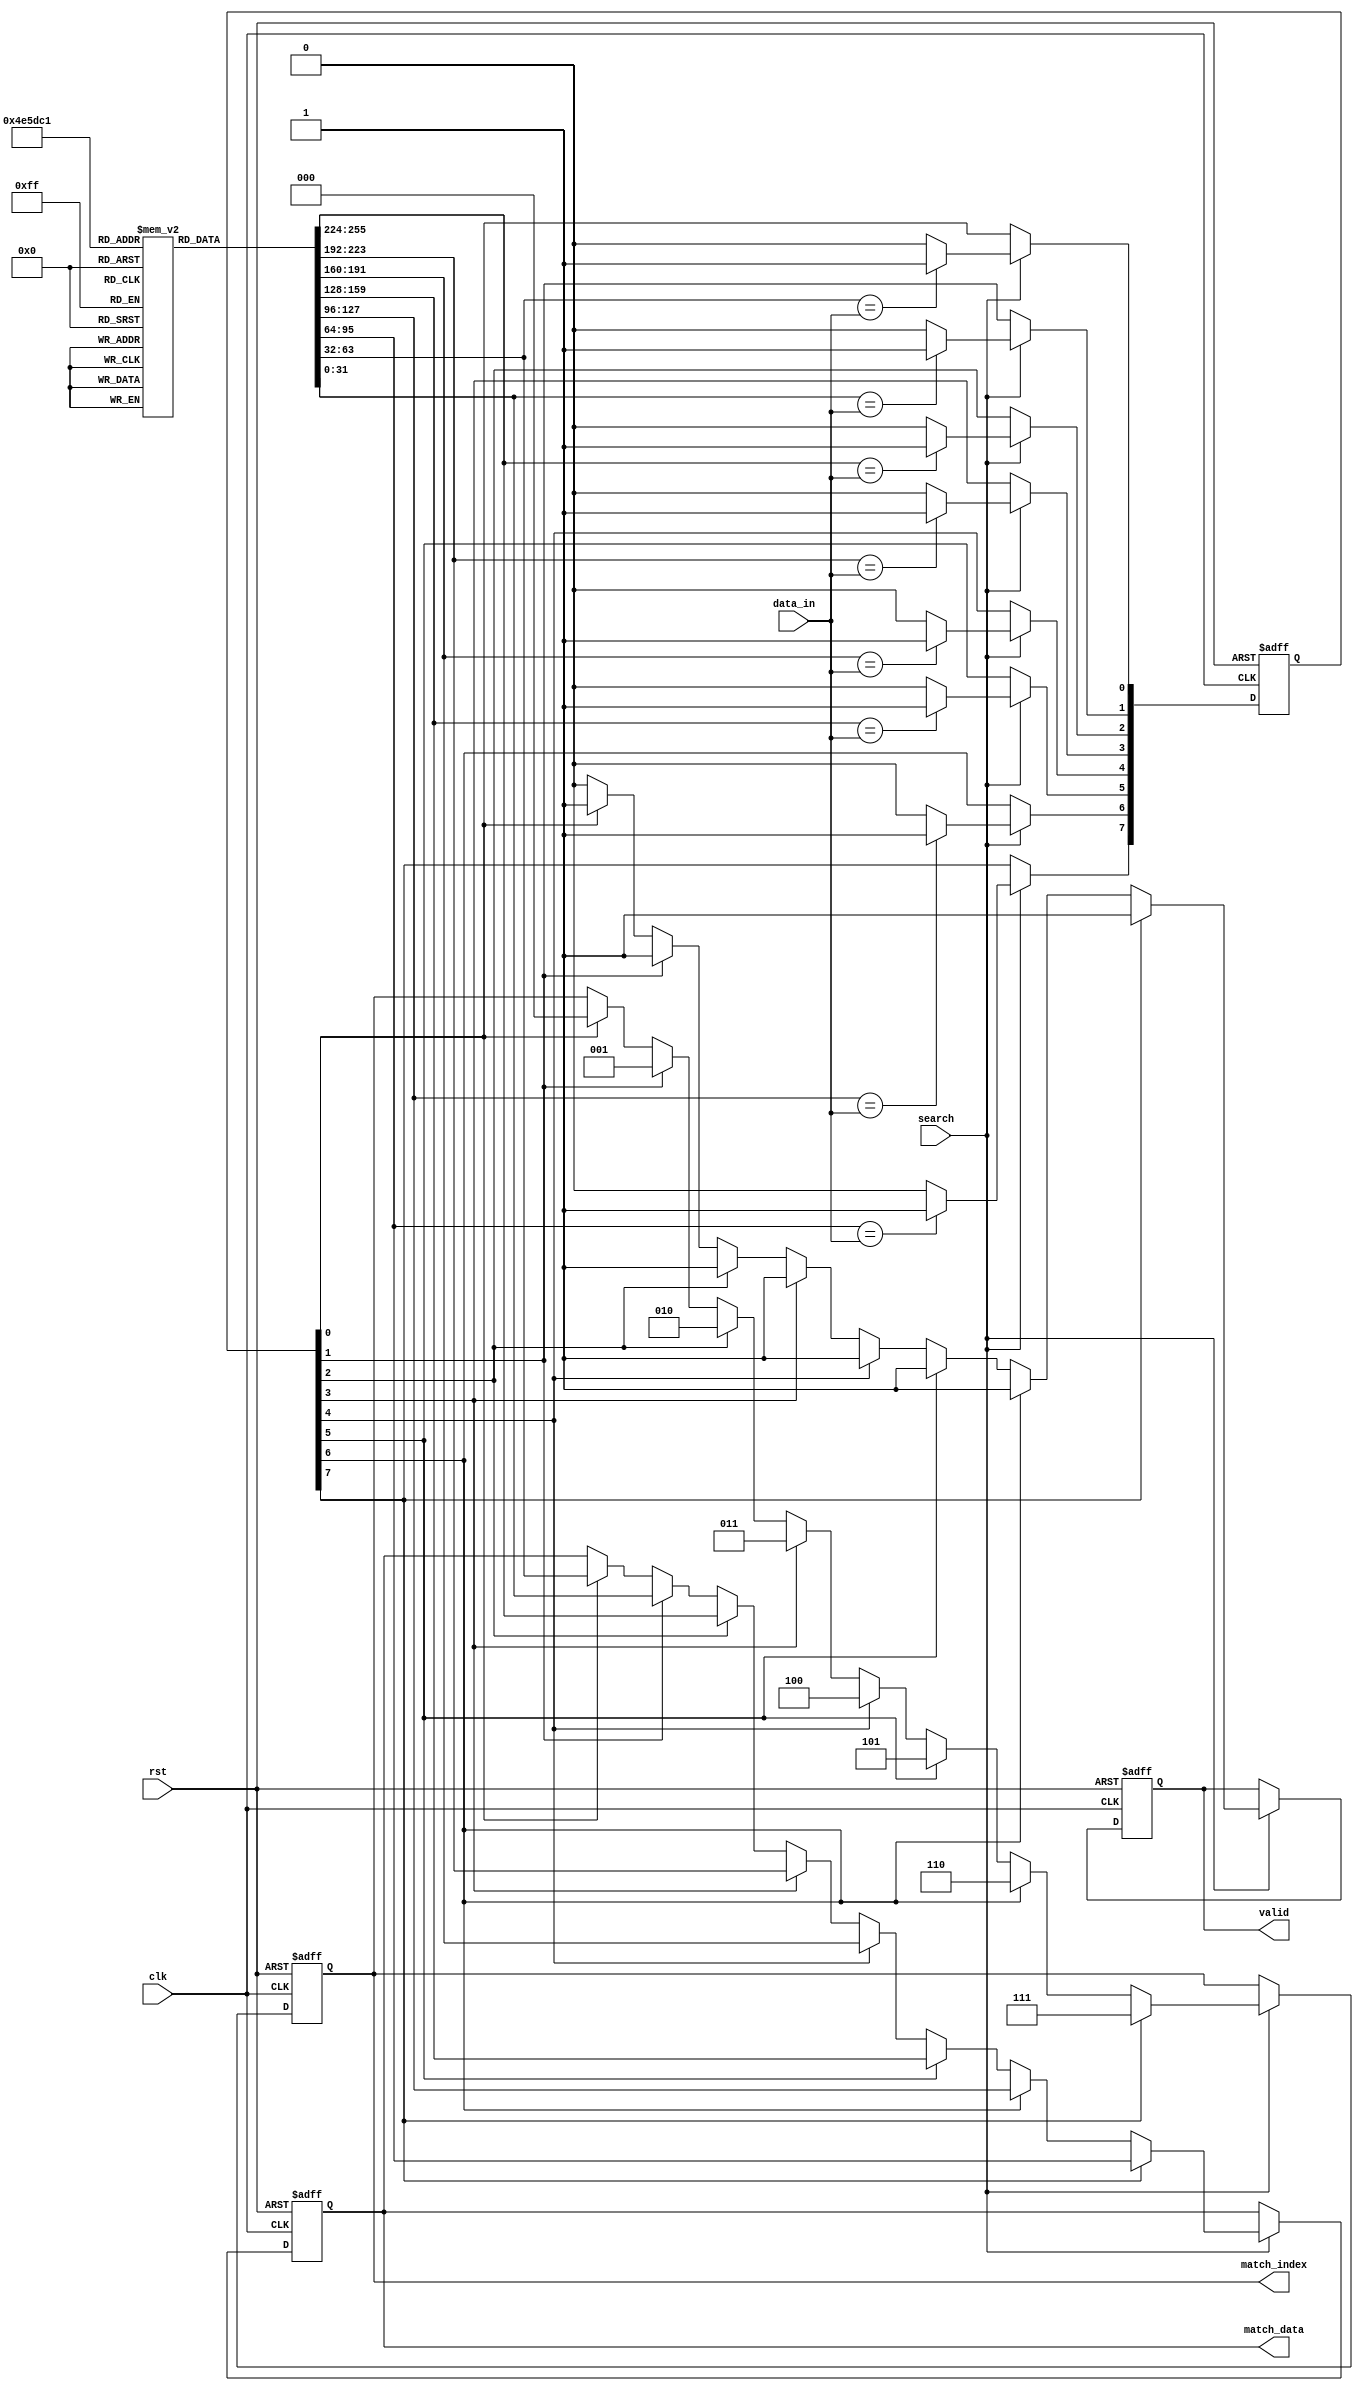
module priority_cam #(
    parameter N = 8, // Number of entries
    parameter W = 32 // Width of each entry
) (
    input wire clk,
    input wire rst,
    input wire [W-1:0] data_in,
    input wire search,
    output reg [W-1:0] match_data,
    output reg [clog2(N)-1:0] match_index,
    output reg valid
);

    // Data storage array
    reg [W-1:0] cam_array [0:N-1];
    reg [N-1:0] match_signals; // Match signals for each entry

    // Priority encoder output
    integer i;

    // Function to calculate log base 2
    function integer clog2(input integer value);
        begin
            value = value - 1;
            for (clog2 = 0; value > 0; clog2 = clog2 + 1)
                value = value >> 1;
        end
    endfunction

    // Initial data loading (for example purposes)
    initial begin
        // Load your predefined data entries here
        // Example: cam_array[0] = 32'hDEADBEEF; cam_array[1] = 32'hCAFECAFE; ...
        // You can customize this according to your requirements
    end

    // Search operation
    always @(posedge clk or posedge rst) begin
        if (rst) begin
            match_signals <= 0;
            match_data <= 0;
            match_index <= 0;
            valid <= 0;
        end else if (search) begin
            // Perform the search
            match_signals <= 0;
            for (i = 0; i < N; i = i + 1) begin
                if (cam_array[i] == data_in) 
                    match_signals[i] <= 1'b1; // Set match signal
                else 
                    match_signals[i] <= 1'b0; // Clear match signal
            end
            
            // Priority encoding logic
            valid <= 0; // Reset valid signal
            for (i = 0; i < N; i = i + 1) begin
                if (match_signals[i]) begin
                    match_data <= cam_array[i]; // Get matching data
                    match_index <= i; // Get matching index
                    valid <= 1; // Set valid signal
                end
            end
        end
    end

    // Task to load new entries (optional)
    task load_entry(input [clog2(N)-1:0] index, input [W-1:0] entry_data);
        begin
            if (index < N)
                cam_array[index] <= entry_data;
        end
    endtask

endmodule